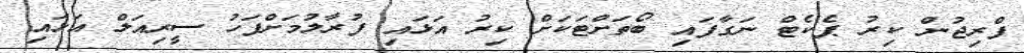
ފްރިޖުން ކިރު ޕެކެޓް ނަގާފައި ބޯތަށްޓަކަށް ކިރު އަޅައި ފުރާލުމަށްފަހު ސީރިއަލް އަޅައި